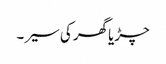
چڑیا گھر کی سیر ۔